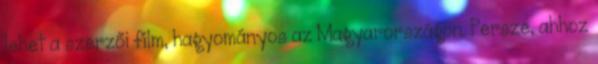
lehet a szerzői film, hagyományos az Magyarországon. Persze, ahhoz